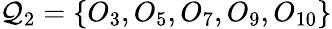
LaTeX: \mathcal{Q}_{2}=\{ O_{3},O_{5},O_{7},O_{9},O_{10}\}